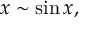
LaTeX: x \sim \sin x ,